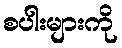
စပါးများကို